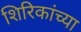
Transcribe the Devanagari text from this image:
शिरिकांच्या